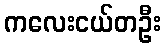
ကလေးငယ်တဦး